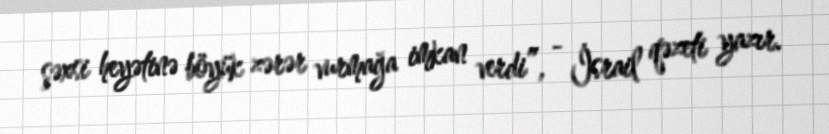
şəxsi heyətinə böyük zərər vurmağa imkan verdi”, - İsrail qəzeti yazır.